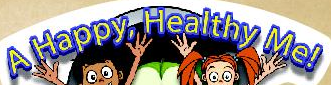
A Happy, Healthy Me!